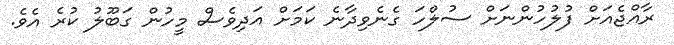
ރާއްޖެއަށް ފުލުހުންނަށް ސުލްހަ ގެނެވިދާނެ ކަމަށް އަދިވެސް މީހުން ގަބޫލު ކުރެ އެވެ.